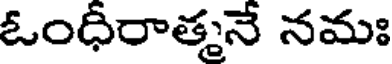
ఓంధీరాత్మనే నమః